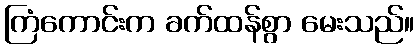
ကြံကောင်းက ခက်ထန်စွာ မေးသည်။